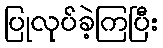
ပြုလုပ်ခဲ့ကြပြီး